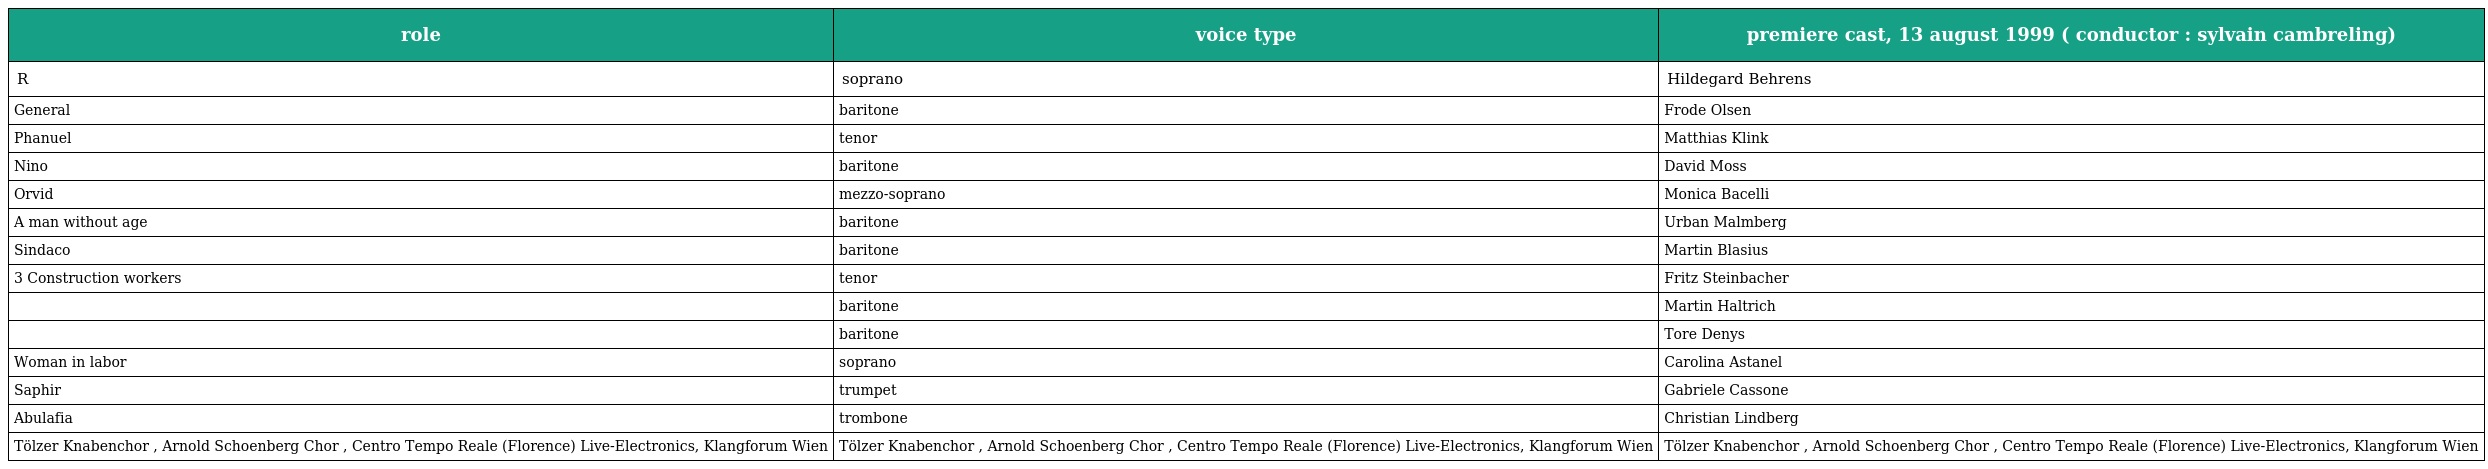
| role | voice type | premiere cast, 13 august 1999 ( conductor : sylvain cambreling) |
 | --- | --- | --- |
 | R | soprano | Hildegard Behrens |
 | General | baritone | Frode Olsen |
 | Phanuel | tenor | Matthias Klink |
 | Nino | baritone | David Moss |
 | Orvid | mezzo-soprano | Monica Bacelli |
 | A man without age | baritone | Urban Malmberg |
 | Sindaco | baritone | Martin Blasius |
 | 3 Construction workers | tenor | Fritz Steinbacher |
 |  | baritone | Martin Haltrich |
 |  | baritone | Tore Denys |
 | Woman in labor | soprano | Carolina Astanel |
 | Saphir | trumpet | Gabriele Cassone |
 | Abulafia | trombone | Christian Lindberg |
 | Tölzer Knabenchor , Arnold Schoenberg Chor , Centro Tempo Reale (Florence) Live-Electronics, Klangforum Wien | Tölzer Knabenchor , Arnold Schoenberg Chor , Centro Tempo Reale (Florence) Live-Electronics, Klangforum Wien | Tölzer Knabenchor , Arnold Schoenberg Chor , Centro Tempo Reale (Florence) Live-Electronics, Klangforum Wien |